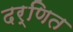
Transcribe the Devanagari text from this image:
दर्णित